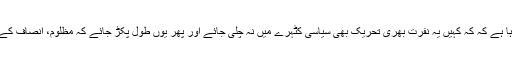
اب یہ احساس بھی ابھررہا ہے کہ کہ کہیں یہ نفرت بھری تحریک بھی سیاسی کٹہرے میں نہ چلی جائے اور پھر یوں طول پکڑ جائے کہ مظلوم، انصاف کے چکر ہی کاٹتا رہ جائے۔